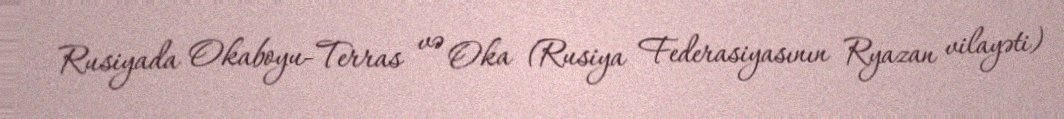
Rusiyada Okaboyu-Terras və Oka (Rusiya Federasiyasının Ryazan vilayəti)